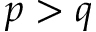
p > q